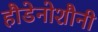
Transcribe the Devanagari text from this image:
हौडेनोशौनी